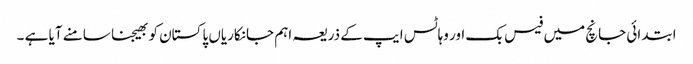
ابتدائی جانچ میں فیس بک اور وہاٹس ایپ کے ذریعہ اہم جانکاریاں پاکستان کو بھیجنا سامنے آیا ہے ۔